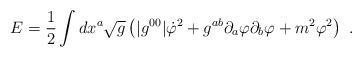
LaTeX: \begin{align*}E= {1 \over 2}\int dx^a \sqrt{g}\left( |g^{00}|\dot{\varphi}^2+ g^{ab}\partial_a\varphi \partial_b\varphi + m^2 \varphi^2\right)\ .\end{align*}